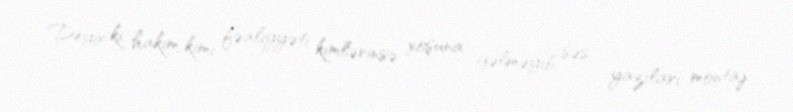
Deyir ki, hakim kimi fəaliyyəti kimlərinsə xoşuna gəlməyib, səs yazıları montaj